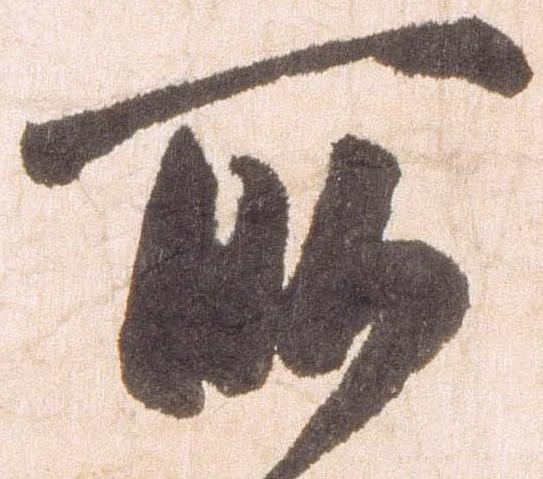
所